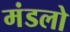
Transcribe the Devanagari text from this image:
मंडलो